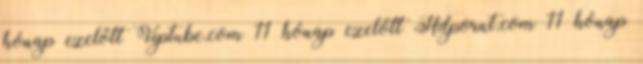
hónap ezelőtt Viptube.com 11 hónap ezelőtt Hdpornt.com 11 hónap